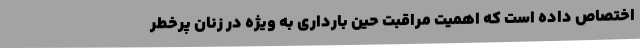
اختصاص داده است که اهمیت مراقبت حین بارداری به ویژه در زنان پرخطر